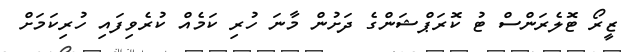
ޒީރޯ ޓޮލެރަންސް ޓު ކޮރަޕްޝަންގެ ދަށުން މާނަ ހުރި ކަމެއް ކުރެވިފައި ހުރިކަމަށް